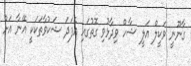
ގާނޫނީ ވަކީލް އަލީ ޝާހް ވިދާޅުވި ގޮތުގައި އެފަދަ ޝަކުވާތަކަކީ އޭނާ އަށް